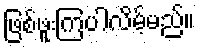
ဖြစ်ဖူးကြပါလိမ့်မည်။